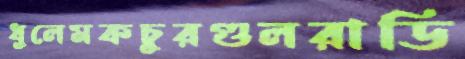
ধুলেমকচুরগুলরাডি